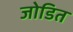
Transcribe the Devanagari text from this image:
जोडित